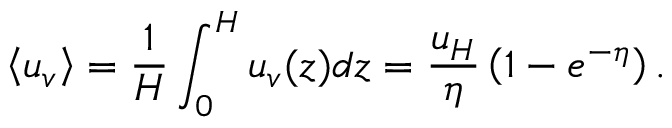
\left< u _ { v } \right> = \frac { 1 } { H } \int _ { 0 } ^ { H } u _ { v } ( z ) d z = \frac { u _ { H } } { \eta } \left( 1 - e ^ { - \eta } \right) .